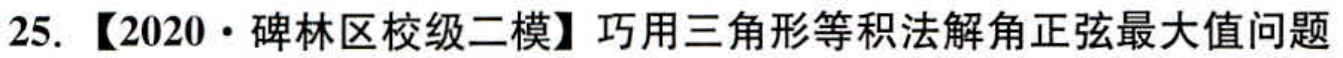
25. 【2020·碑林区校级二模】巧用三角形等积法解角正弦最大值问题